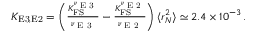
\begin{array} { r } { \! \! K _ { \mathrm { { E 3 , E 2 } } } = \left( \frac { K _ { \mathrm { F S } } ^ { \nu _ { \textrm { E 3 } } } } { \nu _ { \textrm { E 3 } } } - \frac { K _ { \mathrm { F S } } ^ { \nu _ { \textrm { E 2 } } } } { \nu _ { \textrm { E 2 } } } \right) \langle r _ { N } ^ { 2 } \rangle \simeq 2 . 4 \times 1 0 ^ { - 3 } \, . } \end{array}